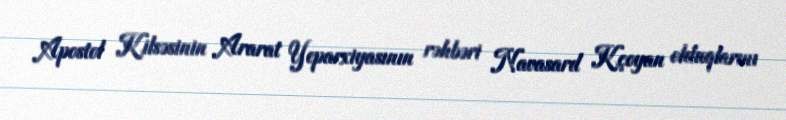
Apostol Kilsəsinin Ararat Yeparxiyasının rəhbəri Navasard Kçoyan olduqlarını